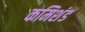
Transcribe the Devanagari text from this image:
कमिशंड